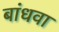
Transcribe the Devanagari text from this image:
बांधवा